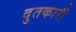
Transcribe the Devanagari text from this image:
दुतकारी